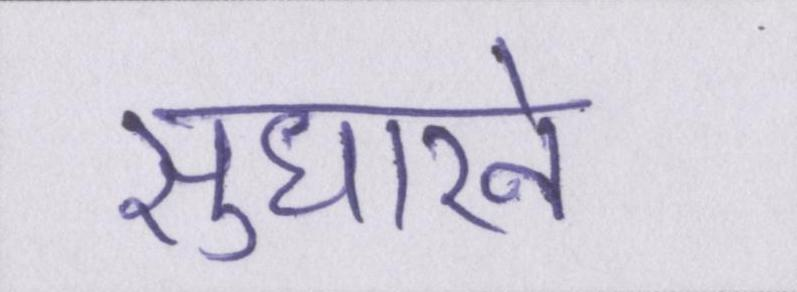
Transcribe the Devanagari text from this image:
सुधारने